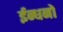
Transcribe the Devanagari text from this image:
ईन्धनों